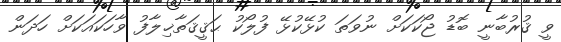
ވީ ޤުރުބާނީ ބޮޑު ޖޯކަކަށް ނުވަތަ ކުޅޭކުޅޭ ފުލޯކު ޙަޤީޤަތާޚިލާފު ވާހަކައަކަށް ހަދަން